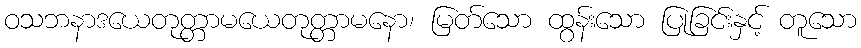
ဝသဘနာဒယေတုတ္တာမယေတုတ္တာမနော၊ မြတ်သော ထွန်းသော ပြုခြင်းနှင့် တူသော